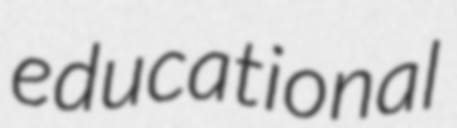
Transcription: educational